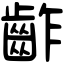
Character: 齚